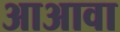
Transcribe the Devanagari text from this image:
आअावा